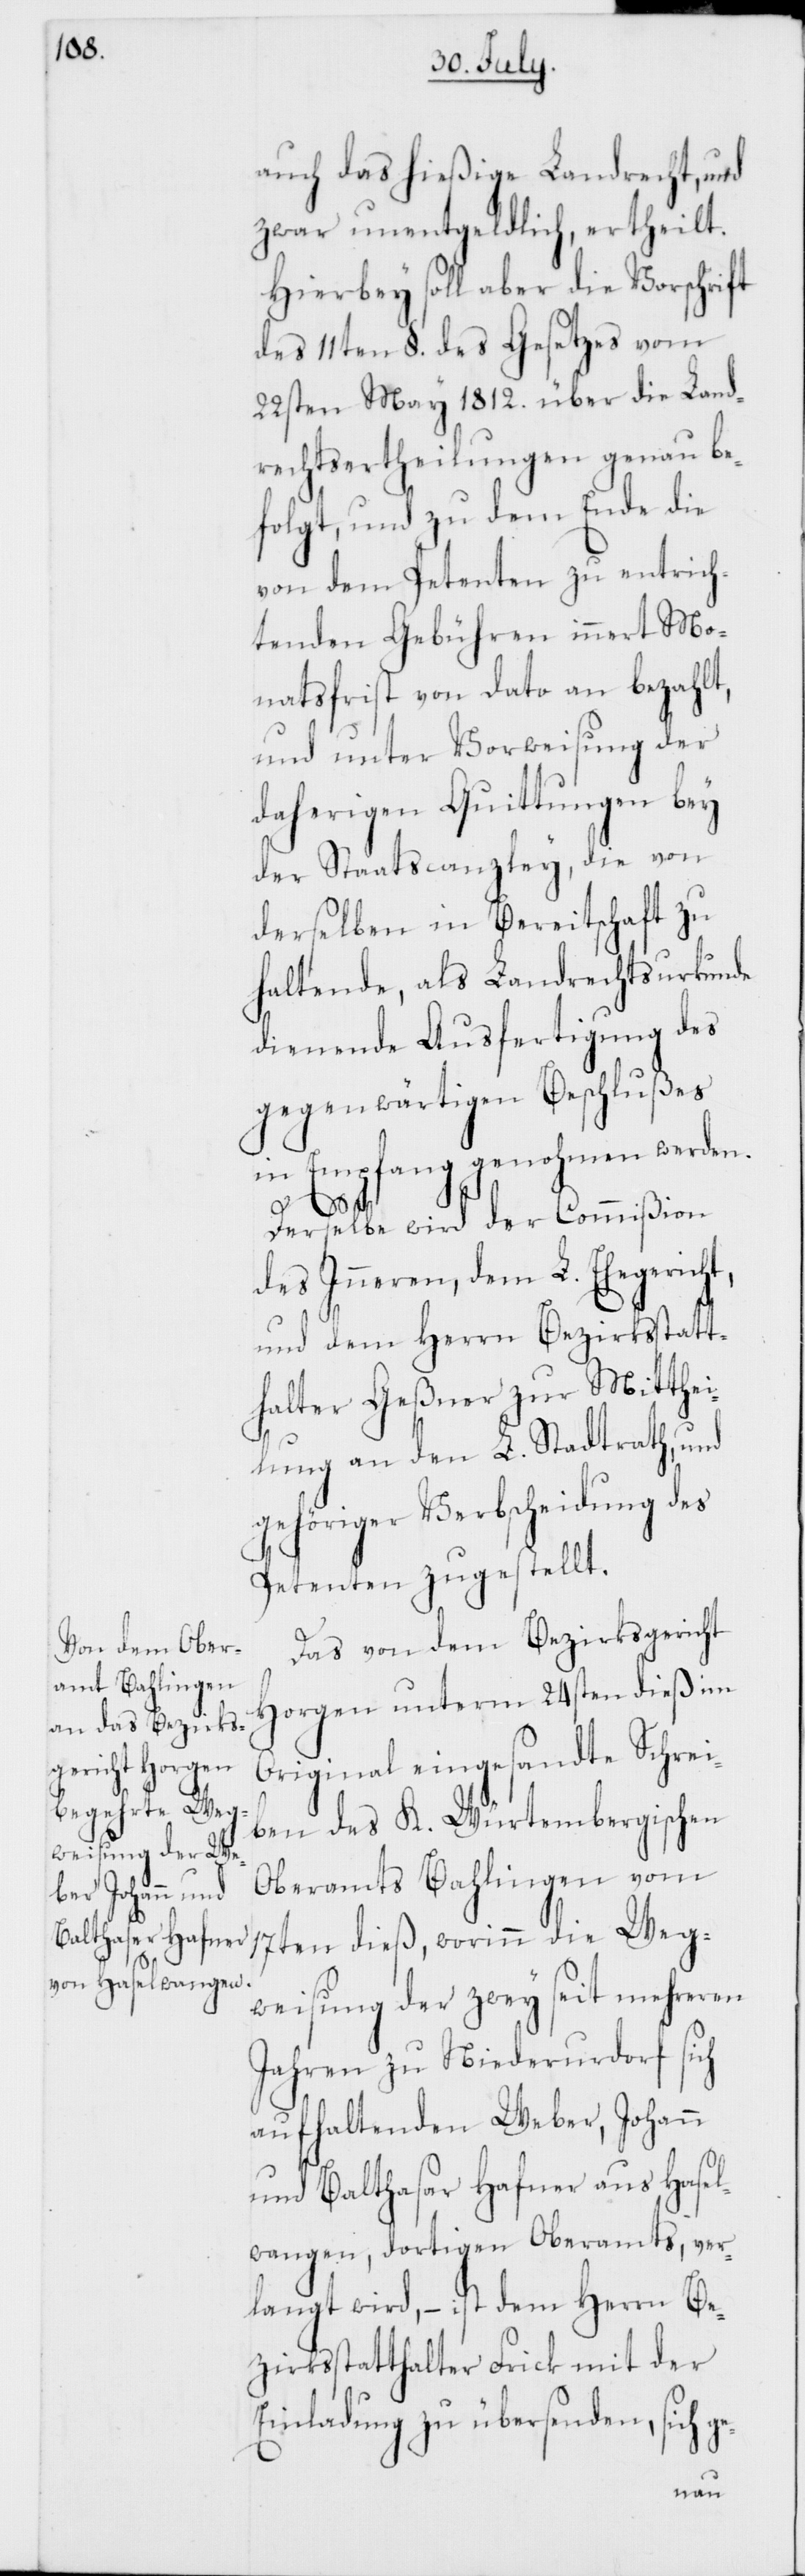
auch das hießige Landrecht, und
zwar unentgeldlich, ertheilt.
Hierbei soll aber die Vorschrift
des 11ten §. des Gesetzes vom
22sten May 1812. über die Land¬
rechtsertheilungen genau be¬
folgt, und zu dem Ende die
von dem Petenten zu entrich¬
tenden Gebühren innert Mo¬
natsfrist von dato an bezahlt,
und unter Vorweisung der
daherigen Quittungen bey
der Staatscanzley, die von
derselben in Bereitschaft zu
haltende, als Landrechtsurkunde
dienende Ausfertigung des
gegenwärtigen Beschlußes
in Empfang genohmen werden.
Derselbe wird der Commißion
des Inneren, dem L. Ehegericht,
und dem Herrn Bezirksstatt¬
halter Geßner zur Mitthei¬
lung an den L. Stadtrath, und
gehöriger Verbscheidung des
Petenten zugestellt.
Das von dem Bezirksgericht
Horgen unterm 24sten dieß im
Original eingesandte Schrei¬
ben des K. Würtembergischen
Oberamts Bahlingen vom
17ten dieß, worinn die Weg¬
weisung der zwey seit mehreren
Jahren zu Niederurdorf sich
aufhaltenden Weber, Johann
und Balthasar Hafner aus Hasel¬
wangen, dortigen Oberamts, ver¬
langt wird, – ist dem Herrn Be¬
zirksstatthalter Frick mit der
Einladung zu übersenden, sich